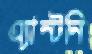
এ্যান্টনি